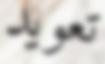
تعويد